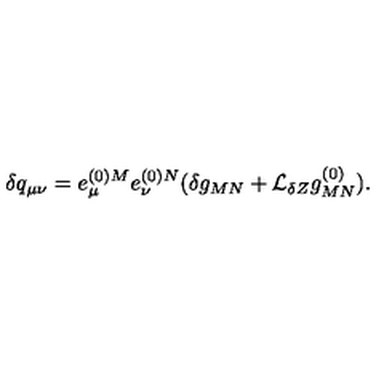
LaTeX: \delta q _ { \mu \nu } = e _ { \mu } ^ { ( 0 ) M } e _ { \nu } ^ { ( 0 ) N } ( \delta g _ { M N } + { \cal L } _ { \delta Z } g _ { M N } ^ { ( 0 ) } ) .